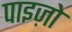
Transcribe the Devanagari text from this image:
पाइज़ो